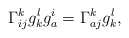
\begin{align*}\Gamma^k_{ij}g_k^lg^i_a=\Gamma^k_{aj}g_k^l,\end{align*}